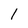
Character: 1